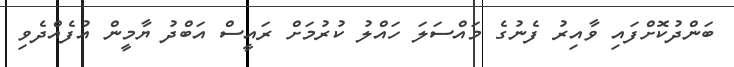
ބަންދުކޮށްފައި ވާއިރު ފެނުގެ މައްސަލަ ހައްލު ކުރުމަށް ރައީސް އަބްދު ޔާމީން އުފެއްދެވި